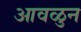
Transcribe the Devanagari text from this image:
आवळुन